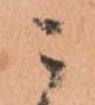
ニ